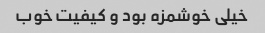
خیلی خوشمزه بود و کیفیت خوب